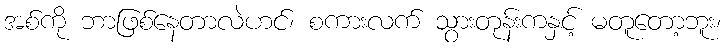
အစ်ကို ဘာဖြစ်နေတာလဲဟင်၊ စကားလက် သွားတုန်းကနှင့် မတူတော့ဘူး၊